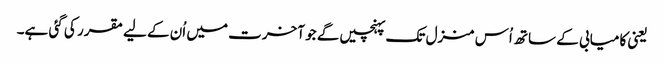
یعنی کامیابی کے ساتھ اُس منزل تک پہنچیں گے جو آخرت میں اُن کے لیے مقرر کی گئی ہے۔